Report of the Municipal Commissioner on the plague in Bombay for the year ending 31st May... - Volume 3
Disease focus: Plague
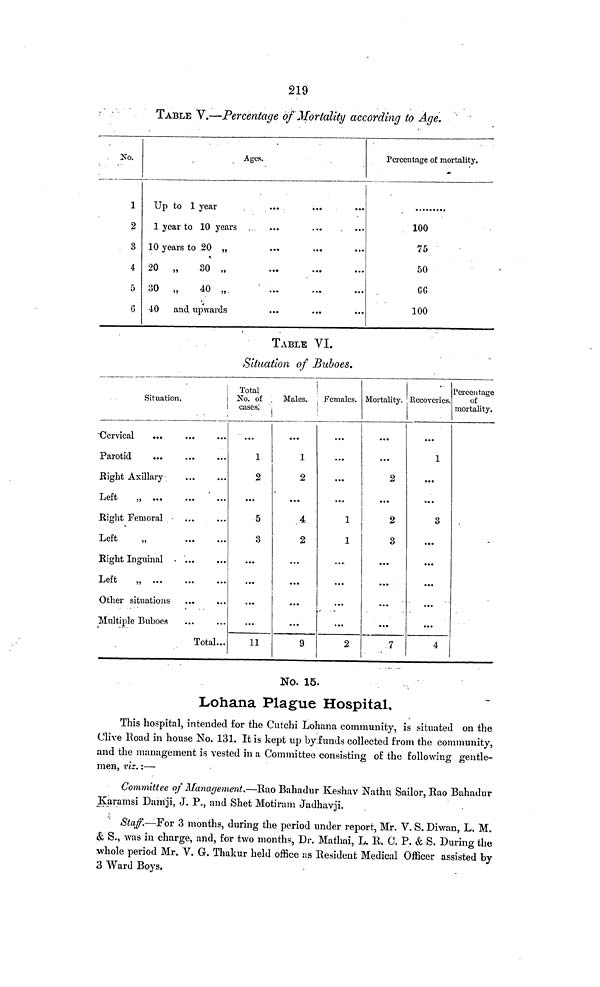
219
TABLE V.—Percentage of Mortality according to Age.
. No.
1
2
3
4
5
G
Ages.
Up to 1 year
1 year to 10 years
10 years to 20 „
20 „
30 „
30 „
40 „.
'
40 and upwards
Percentage of mortality.
100
75
50
GG
100
TABLE VI.
Situation of Buboes.
Situation.
"Cervical
Parotid
Bight Axillary
Left
„
Eight Femoral
Left
„
Bight Inguinal • "...
Left
„
Other situations
Multiple Buboes
Total...
Total
No. of ,
casos." !
1
2
5
3
...
...
...
11
|
Males. ,
...
1
2
...
4
2
...
...
...
...
9
Females.
...
...
1
1
...
...
...
...
2
Mortality.
...
...
2
...
2
3
...
...
...
...
7
Recoveries.
...
1
...
...
3
• • •
• * •
...
...
...
4
Percentage
of
mortality.
-
No, 15.
Lohana Plague Hospital,
This hospital, intended for the Cutchi Lohana community, is situated on the
Clive Road in house No. 131. It is kept up by.funds collected from the community,
and the management is vested in a Committee consisting of the following gentle-
men, viz. :—
Committee of Management.—Rao Bahadur Keshav Nathu Sailor, Rao Bahadur
Karamsi Damji, J. P., and Shet Motiram Jadhavji.
Staff.—For 3 months, during the period under report, Mr. V. S. Diwan, L. M.
& S., was in charge, and, for two months, Dr. Mathai, L. R. C. P. & S. During the
whole period Mr. V. G. Thakur held office as Resident Medical Officer assisted by
3 Ward Boys.